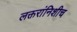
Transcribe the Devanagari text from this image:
लक्तरांनिशीच